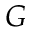
G